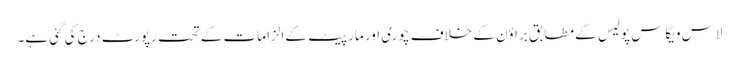
لاس ویگاس پولیس کے مطابق براؤن کے خلاف چوری اور مار پیٹ کے الزامات کے تحت رپورٹ درج کی گئی ہے۔